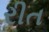
રીત